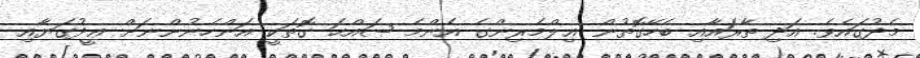
މެދުގައެވެ. އަދި ތާރައާއި ބެހޭގޮތުން ޢިލްމެރިންގެ އެންމެ ޞައްޙަ ގޮތަކީ އަންހެނުންނަށް ޢީދުގަޔާއި